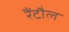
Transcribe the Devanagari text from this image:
रैंटौल